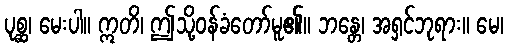
ပုစ္ဆ၊ မေးပါ။ ဣတိ၊ ဤသို့ဝန်ခံတော်မူ၏။ ဘန္တေ၊ အရှင်ဘုရား။ မေ၊